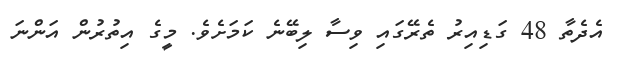
އެދެތާ 48 ގަޑިއިރު ތެރޭގައި ވިސާ ލިބޭނެ ކަމަށެވެ. މީގެ އިތުރުން އަންނަ